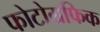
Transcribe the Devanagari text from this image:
फोटोग्रफिक